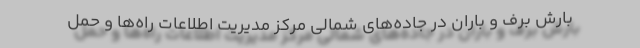
بارش برف و باران در جاده‌های شمالی مرکز مدیریت اطلاعات راه‌ها و حمل